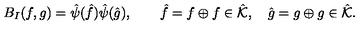
B _ { I } ( f , g ) = \hat { \psi } ( \hat { f } ) \hat { \psi } ( \hat { g } ) , \qquad \hat { f } = f \oplus f \in \hat { \cal K } , \quad \hat { g } = g \oplus g \in \hat { \cal K } .